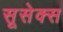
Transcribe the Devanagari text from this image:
सूसेक्स